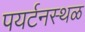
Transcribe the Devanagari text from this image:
पयर्टनस्थळ